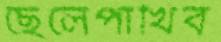
ছেলেপাখিব